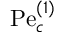
\mathrm { P e } _ { c } ^ { ( 1 ) }